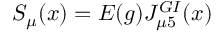
{ \cal S } _ { \mu } ( x ) = E ( g ) J _ { \mu 5 } ^ { G I } ( x )